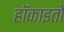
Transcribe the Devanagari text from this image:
हॉकाइतो